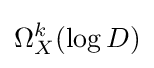
\Omega _{X}^{k}(\log D)